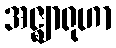
အဇ္ဈာရုဟာ